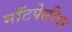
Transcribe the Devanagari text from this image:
माँटपेलीयर